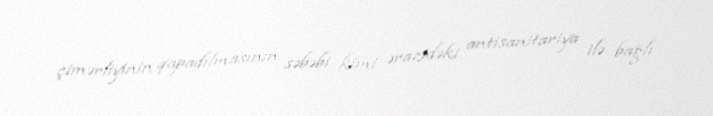
çimərliyinin qapadılmasının səbəbi kimi ərazidəki antisanitariya ilə bağlı